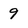
Character: 9